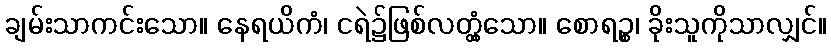
ချမ်းသာကင်းသော။ နေရယိကံ၊ ငရဲ၌ဖြစ်လတ္တံ့သော။ စောရဉ္စ၊ ခိုးသူကိုသာလျှင်။